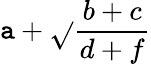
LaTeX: \mathtt{a}+\sqrt{}{{\frac{{b+c}}{{d+f}}}}